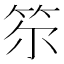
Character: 𥬞